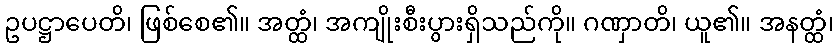
ဥပဋ္ဌာပေတိ၊ ဖြစ်စေ၏။ အတ္ထံ၊ အကျိုးစီးပွားရှိသည်ကို။ ဂဏှာတိ၊ ယူ၏။ အနတ္ထံ၊